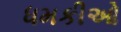
ધમકીઓ